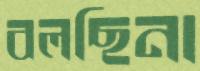
বলছিনা